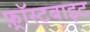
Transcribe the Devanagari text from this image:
फ़्रॉस्टबाइट